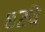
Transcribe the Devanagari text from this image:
८२वें